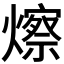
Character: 𪹾